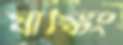
যাঙ্কিং